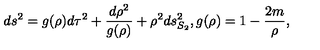
d s ^ { 2 } = g ( \rho ) d \tau ^ { 2 } + { \frac { d \rho ^ { 2 } } { g ( \rho ) } } + \rho ^ { 2 } d s _ { S _ { 2 } } ^ { 2 } , g ( \rho ) = 1 - { \frac { 2 m } { \rho } } ,